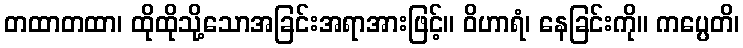
တထာတထာ၊ ထိုထိုသို့သောအခြင်းအရာအားဖြင့်။ ဝိဟာရံ၊ နေခြင်းကို။ ကပ္ပေတိ၊